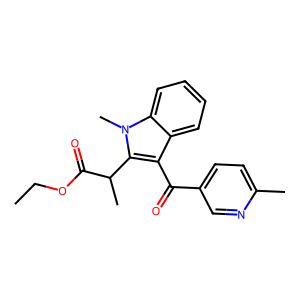
SMILES: CCOC(=O)C(C)c1c(C(=O)c2ccc(C)nc2)c2ccccc2n1C
Inhibits HIV replication: No